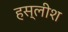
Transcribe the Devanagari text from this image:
हस्लीश